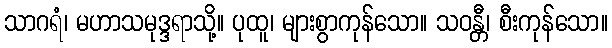
သာဂရံ၊ မဟာသမုဒ္ဒရာသို့။ ပုထူ၊ များစွာကုန်သော။ သဝန္တီ၊ စီးကုန်သော။